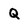
Character: Q